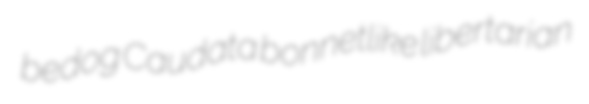
bedog Caudata bonnetlike libertarian